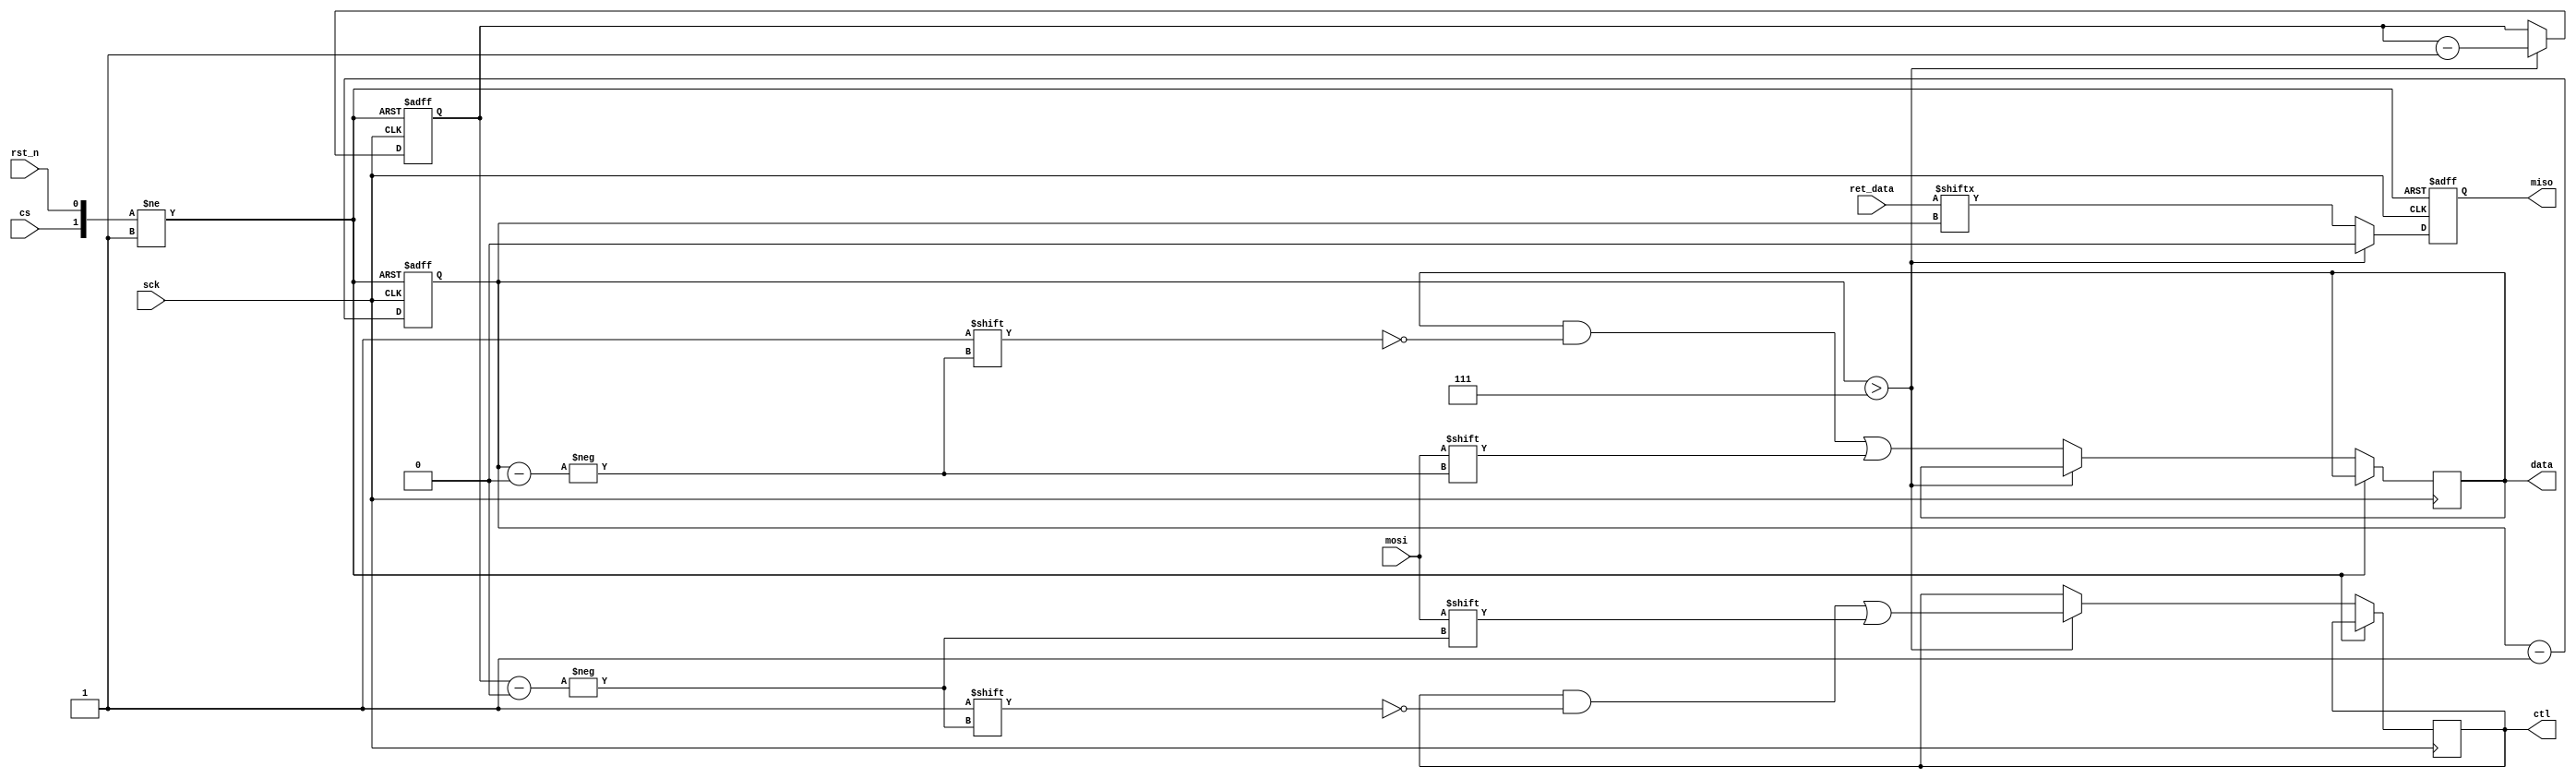
module SpiSlave_1(rst_n, cs, sck, mosi, miso, ctl, data, ret_data);
input rst_n, cs, sck, mosi;
input [7:0] ret_data;
output reg [7:0] ctl, data;
output reg miso;
reg [3:0] i;
reg [2:0] j;
always @(negedge rst_n or posedge cs or negedge sck)
begin
	if (~rst_n)
	begin
		miso <= 1'b0;
		i <= 4'b1111;
		j <= 3'b111;
	end
	else if (cs)
	begin
		miso <= 1'b0;
		i <= 4'b1111;
		j <= 3'b111;
	end
	else if (i > 4'b0111)
	begin	
		miso <= 1'b0;
		ctl[j] <= mosi;
		j <= j - 3'b1;
		i <= i - 4'b1;
	end
	else
	begin
		miso <= ret_data[i];
		data[i] <= mosi;
		i <= i - 4'b1;
	end
end
endmodule